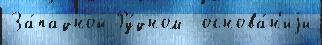
За́падной Ру́дном  основа́н'иjи